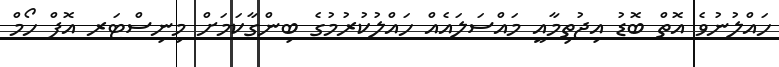
ހައްލުނުވެ އޮތް ބޮޑު އިޖުތިމާއީ މައްސަލައެއް ހައްލުކުރުމުގެ ބިންގާކަމަށް މިނިސްޓަރ އޮފް ހޯމް